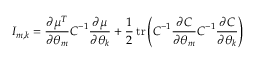
I _ { m , k } = { \frac { \partial { \boldsymbol { \mu } } ^ { T } } { \partial \theta _ { m } } } { \boldsymbol { C } } ^ { - 1 } { \frac { \partial { \boldsymbol { \mu } } } { \partial \theta _ { k } } } + { \frac { 1 } { 2 } } \operatorname { t r } \left( { \boldsymbol { C } } ^ { - 1 } { \frac { \partial { \boldsymbol { C } } } { \partial \theta _ { m } } } { \boldsymbol { C } } ^ { - 1 } { \frac { \partial { \boldsymbol { C } } } { \partial \theta _ { k } } } \right)